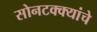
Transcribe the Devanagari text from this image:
सोनटक्क्यांचे